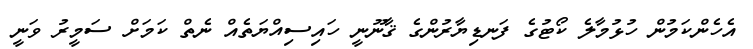
އެހެންކަމުން ހުޅުމާލެ ކޯޓުގެ ފަނޑިޔާރުންގެ ޤާނޫނީ ހައިސިއްޔަތެއް ނެތް ކަމަށް ސަމީރު ވަނީ